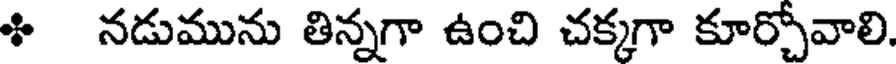
ి నడుమును తిన్నగా ఉంచి చక్కగా కూర్చోవాలి.